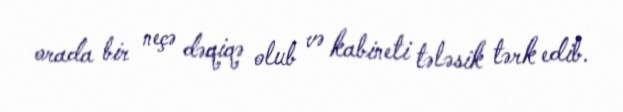
orada bir neçə dəqiqə olub və kabineti tələsik tərk edib.